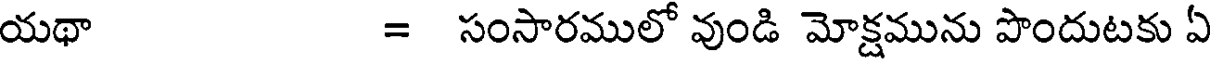
యథా = సంసారములో వుండి మోక్షమును పొందుటకు ఏ